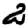
Digit: 2